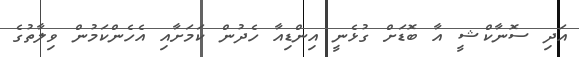
އަދި ސޮނާކްޝީ އާ ބޮޑަށް ގުޅެނީ އިންޑިއާ ހެދުން ކަމަށާއި އެހެންކަމުން ވިލާތުގެ